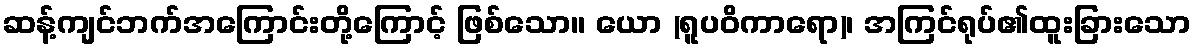
ဆန့်ကျင်ဘက်အကြောင်းတို့ကြောင့် ဖြစ်သော။ ယော (ရူပဝိကာရော)၊ အကြင်ရုပ်၏ထူးခြားသော